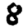
Digit: 8